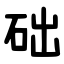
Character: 础